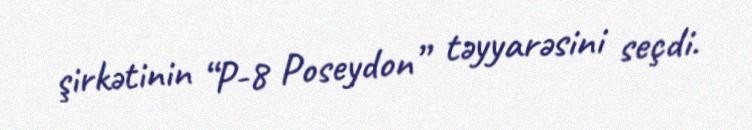
şirkətinin “P-8 Poseydon” təyyarəsini seçdi.